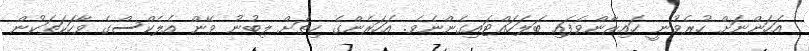
އަހަންނަށް ހުރެވުނީ ހައިރާންވެފައި ބަލަހައްޓައިގެންނެވެ. އަހަރެންގެ ހިތަށް ލިބުނު ވޭން އެލެކްސްގެ ވާހަކަތަކުން